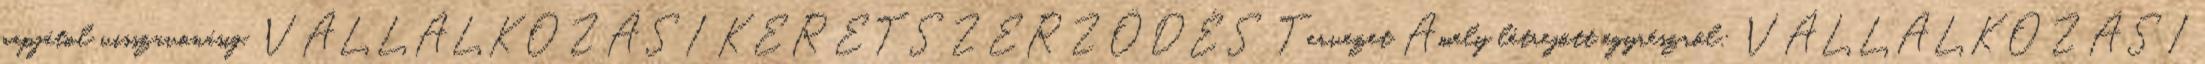
napjátol visszavonásig. VÁLLALKOZÁSI KERETSZERZŐDÉS Tervezet Amely létrejött egyrészről: VÁLLALKOZÁSI